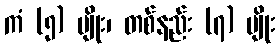
ကံ (၅) မျိုး၊ တစ်နည်း (၇) မျိုး